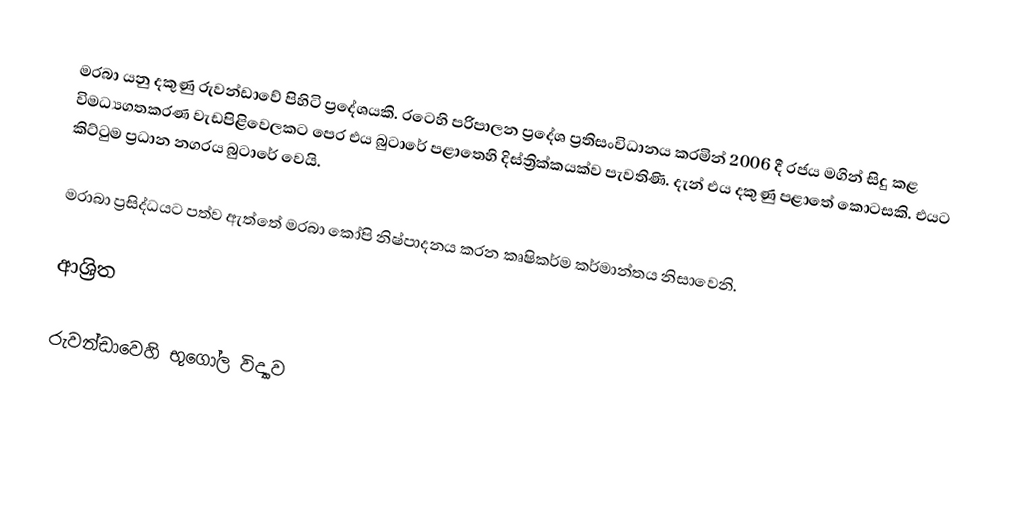
මරබා යනු දකුණු රුවන්ඩාවේ පිහිටි ප්‍රදේශයකි. රටෙහි පරිපාලන ප්‍රදේශ ප්‍රතිසංවිධානය කරමින් 2006 දී රජය මගින් සිදු කළ විමධ්‍යගතකරණ වැඩපිළිවෙලකට පෙර එය  බුටාරේ පළාතෙහි දිස්ත්‍රික්කයක්ව පැවතිණි. දැන් එය දකුණු පළාතේ කොටසකි. එයට කිට්ටුම ප්‍රධාන නගරය බුටාරේ වෙයි.

මරාබා ප්‍රසිද්ධයට පත්ව ඇත්තේ මරබා කෝපි නිෂ්පාදනය කරන කෘෂිකර්ම කර්මාන්තය නිසාවෙනි.

ආශ්‍රිත

රුවන්ඩාවෙහි භූගෝල විද්‍යාව